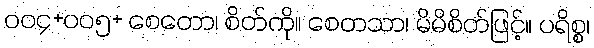
ဝဝ၄+ဝဝ၅+ စေတော၊ စိတ်ကို။ စေတသာ၊ မိမိစိတ်ဖြင့်။ ပရိစ္စ၊